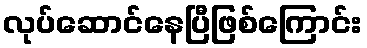
လုပ်ဆောင်နေပြီဖြစ်ကြောင်း